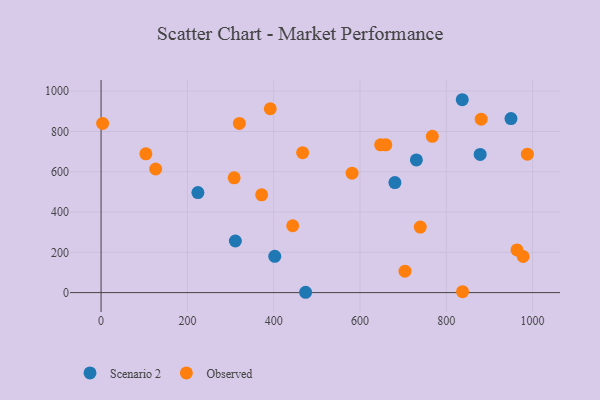
{"axis": {"x": "Investment", "y": "Salary"}, "legend": ["Observed", "Scenario 2"], "data": [{"x": "680.9", "y": 546.2, "type": "Scenario 2"}, {"x": "224.4", "y": 496.4, "type": "Scenario 2"}, {"x": "730.7", "y": 658.5, "type": "Scenario 2"}, {"x": "311.2", "y": 256.1, "type": "Scenario 2"}, {"x": "837.0", "y": 957.4, "type": "Scenario 2"}, {"x": "949.9", "y": 864.0, "type": "Scenario 2"}, {"x": "878.5", "y": 685.9, "type": "Scenario 2"}, {"x": "402.5", "y": 179.9, "type": "Scenario 2"}, {"x": "474.0", "y": 1.6, "type": "Scenario 2"}, {"x": "392.1", "y": 912.6, "type": "Observed"}, {"x": "963.8", "y": 212.0, "type": "Observed"}, {"x": "581.7", "y": 592.7, "type": "Observed"}, {"x": "659.9", "y": 733.7, "type": "Observed"}, {"x": "978.1", "y": 179.1, "type": "Observed"}, {"x": "767.6", "y": 775.5, "type": "Observed"}, {"x": "987.9", "y": 686.9, "type": "Observed"}, {"x": "880.9", "y": 860.9, "type": "Observed"}, {"x": "126.5", "y": 613.6, "type": "Observed"}, {"x": "837.7", "y": 4.6, "type": "Observed"}, {"x": "704.3", "y": 106.2, "type": "Observed"}, {"x": "103.8", "y": 688.9, "type": "Observed"}, {"x": "3.6", "y": 839.6, "type": "Observed"}, {"x": "444.1", "y": 331.9, "type": "Observed"}, {"x": "739.7", "y": 325.4, "type": "Observed"}, {"x": "372.1", "y": 485.1, "type": "Observed"}, {"x": "467.1", "y": 694.6, "type": "Observed"}, {"x": "320.5", "y": 839.9, "type": "Observed"}, {"x": "647.8", "y": 733.4, "type": "Observed"}, {"x": "308.4", "y": 569.9, "type": "Observed"}]}